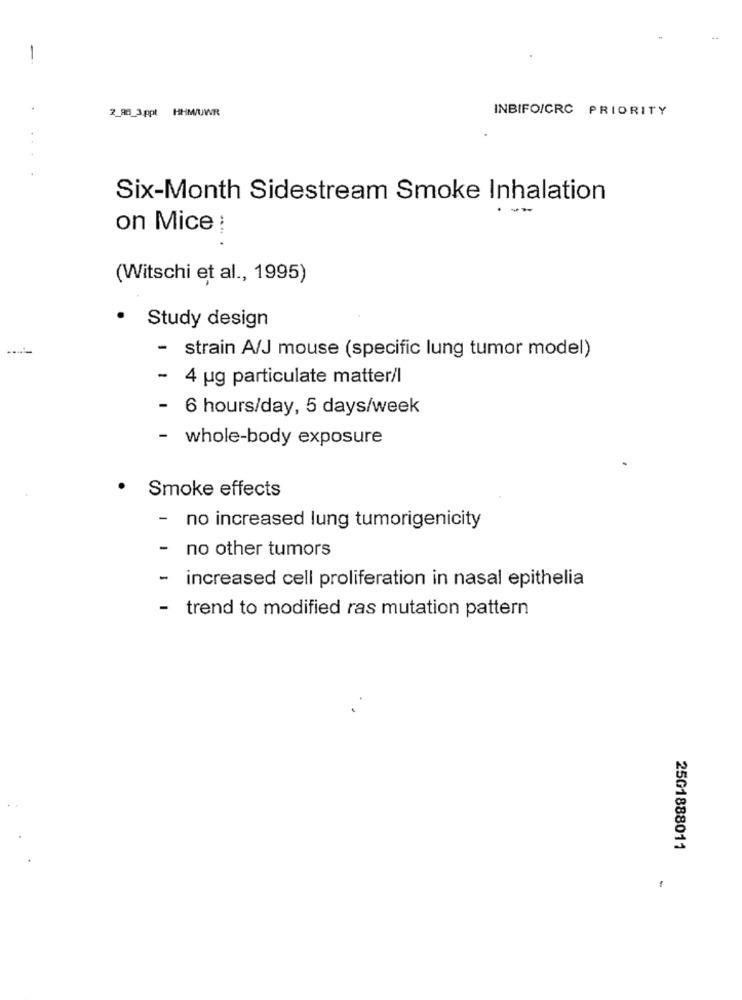
2_98_3 ppt HHM/UWR
INBIFO/CRC PRIORITY
Six-Month Sidestream Smoke Inhalation
-
on Mice :
(Witschi et al ., 1995)
.
Study design
- strain A/J mouse (specific lung tumor model)
- 4 ug particulate matter/l
- 6 hours/day, 5 days/week
- whole-body exposure
Smoke effects
-
no increased lung tumorigenicity
- no other tumors
-
increased cell proliferation in nasal epithelia
- trend to modified ras mutation pattern
25G1888011